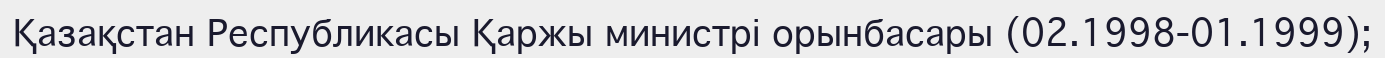
Қазақстан Республикасы Қаржы министрі орынбасары (02.1998-01.1999);